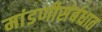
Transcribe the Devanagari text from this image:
मांडणीसंबंधात